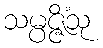
သမ္ပဇ္ဇိံသု